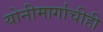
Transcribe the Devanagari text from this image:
योनीमार्गाचीही